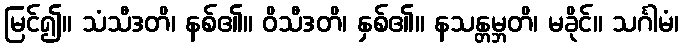
မြင်၍။ သံသီဒတိ၊ နစ်၏။ ဝိသီဒတိ၊ နှစ်၏။ နသန္တမ္ဘတိ၊ မခိုင်။ သင်္ဂါမံ၊